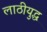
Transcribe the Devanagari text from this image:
लाठीयुद्ध